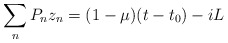
\begin{align*}\sum_n P_n z_n = (1-\mu)(t-t_0) - iL\end{align*}